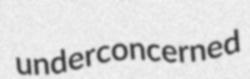
underconcerned